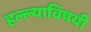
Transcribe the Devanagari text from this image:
हल्ल्याविषयी